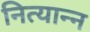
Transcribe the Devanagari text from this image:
नित्यान्न